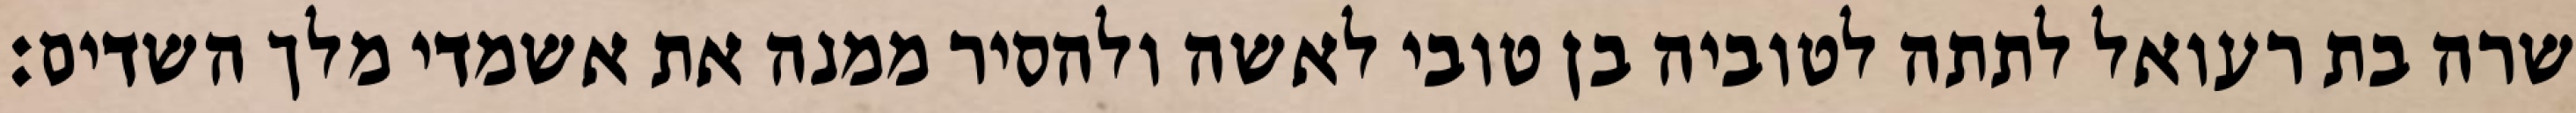
שרה בת רעואל לתתה לטוביה בן טובי לאשה ולהסיר ממנה את אשמדי מלך השדים: